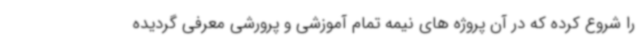
را شروع کرده که در آن پروژه های نیمه تمام آموزشی و پرورشی معرفی گردیده